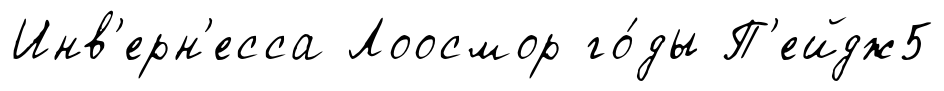
Инв'ерн'есса Лоосмор го́ды П'ейдж5